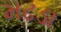
મઢડા